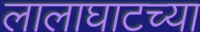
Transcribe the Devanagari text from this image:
लालाघाटच्या